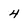
Character: 4